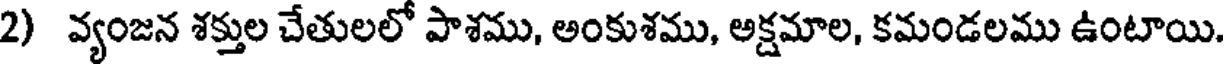
2) వ్యంజన శక్తుల చేతులలో పాశము, అంకుశము, అక్షమాల, కమండలము ఉంటాయి.